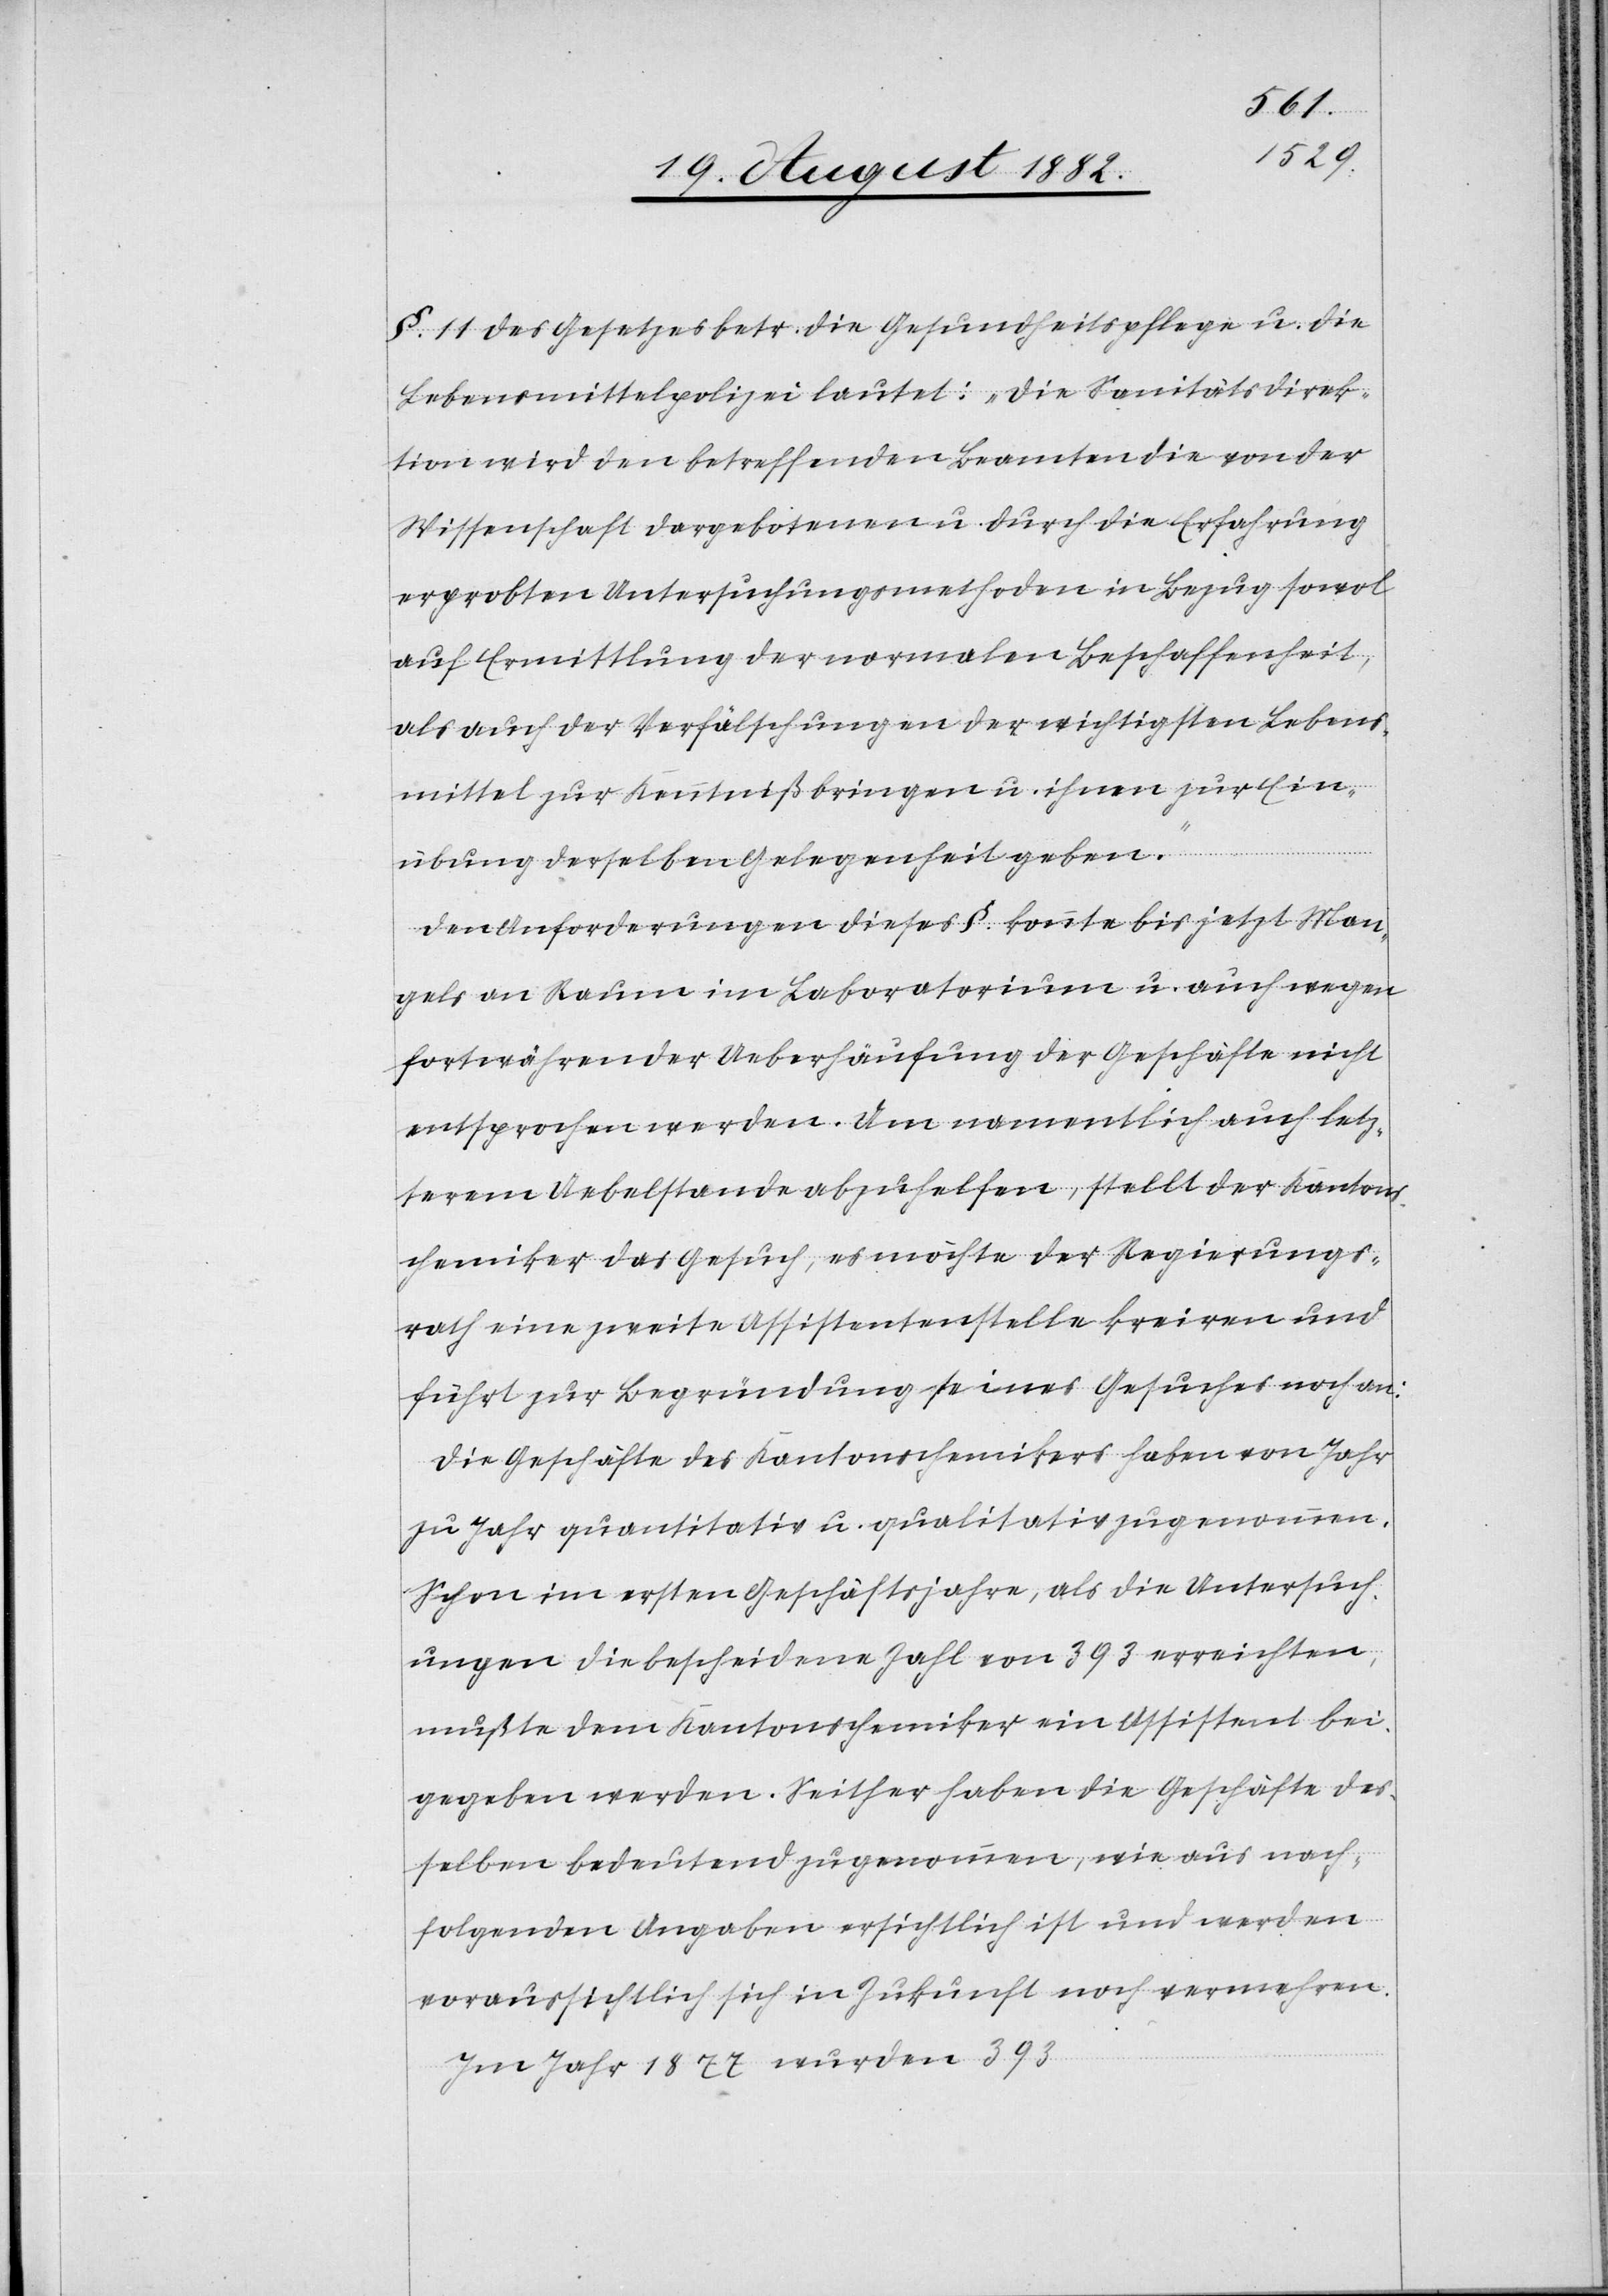
1877
§. 11 des Gesetzes betr. die Gesundheitspflege u. die
Lebensmittelpolizei lautet: „Die Sanitätsdirek¬
tion wird den betreffenden Beamten die von der
Wissenschaft dargebotenen u. durch die Erfahrung
erprobten Untersuchungsmethoden in Bezug sowol
auf Ermittlung der normalen Beschaffenheit,
als auch der Verfälschungen der wichtigsten Lebens¬
mittel zur Kenntniß bringen u. ihnen zur Ein¬
übung derselben Gelegenheit geben.“
Den Anforderungen dieses §. konnte bis jetzt Man¬
gels an Raum im Laboratorium u. auch wegen
fortwährender Ueberhäufung der Geschäfte nicht
entsprochen werden. Um namentlich auch letz¬
terem Uebelstande abzuhelfen, stellt der Kantons¬
chemiker das Gesuch, es möchte der Regierungs¬
rath eine zweite Assistentenstelle kreiren und
führt zur Begründung seines Gesuches noch an:
Die Geschäfte des Kantonschemikers haben von Jahr
zu Jahr quantitativ u. qualitativ zugenommen.
Schon im ersten Geschäftsjahre, als die Untersuch¬
ungen die bescheidene Zahl von 393 erreichten,
mußte dem Kantonschemiker ein Assistent bei¬
gegeben werden. Seither haben die Geschäfte des¬
selben bedeutend zugenommen, wie aus nach¬
folgenden Angaben ersichtlich ist und werden
voraussichtlich sich in Zukunft noch vermehren.